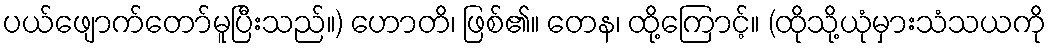
ပယ်ဖျောက်တော်မူပြီးသည်။) ဟောတိ၊ ဖြစ်၏။ တေန၊ ထို့ကြောင့်။ (ထိုသို့ယုံမှားသံသယကို